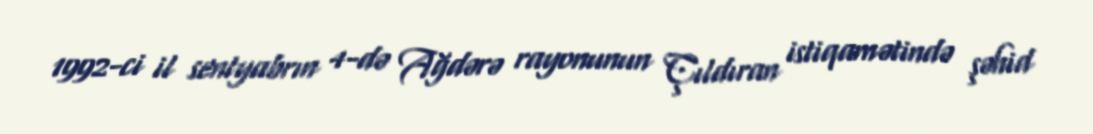
1992-ci il sentyabrın 4-də Ağdərə rayonunun Çıldıran istiqamətində şəhid